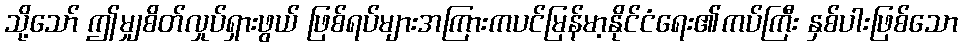
သို့သော် ဤမျှစိတ်လှုပ်ရှားဖွယ် ဖြစ်ရပ်များအကြားကပင်မြန်မာ့နိုင်ငံရေး၏ကပ်ကြီး နှစ်ပါးဖြစ်သော